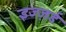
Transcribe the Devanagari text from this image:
इज्ज़र्ड